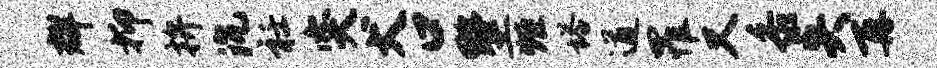
群抑拚沉衽突犬口墅炬塔遒罹又黍失再